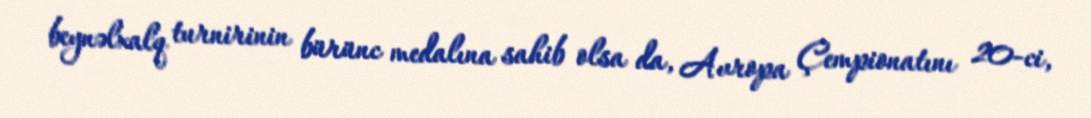
beynəlxalq turnirinin bürünc medalına sahib olsa da, Avropa Çempionatını 20-ci,